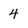
Character: 4